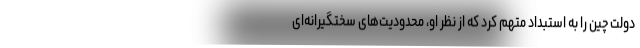
دولت چین را به استبداد متهم کرد که از نظر او، محدودیت‌های سختگیرانه‌ای